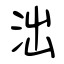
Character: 泏